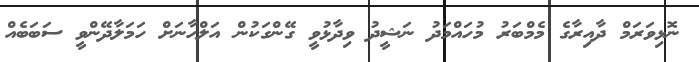
ނޮޅިވަރަމް ދާއިރާގެ މެމްބަރު މުހައްމަދު ނަޝީދު ވިދާޅުވީ ގޭންގަކުން އަލްހާނަށް ހަމަލާދޭންވީ ސަބަބެއް